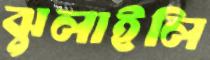
ঝুলাইলি